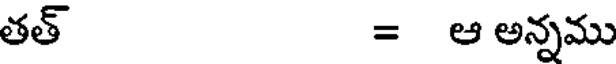
తత్ = ఆ అన్నము